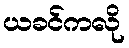
ယခင်ကလို